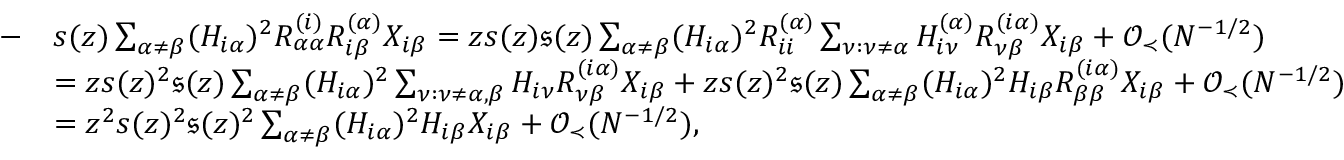
\begin{array} { r l } { - } & { s ( z ) \sum _ { \alpha \neq \beta } ( H _ { i \alpha } ) ^ { 2 } R _ { \alpha \alpha } ^ { ( i ) } R _ { i \beta } ^ { ( \alpha ) } X _ { i \beta } = z s ( z ) \mathfrak { s } ( z ) \sum _ { \alpha \neq \beta } ( H _ { i \alpha } ) ^ { 2 } R _ { i i } ^ { ( \alpha ) } \sum _ { \nu : \nu \neq \alpha } H _ { i \nu } ^ { ( \alpha ) } R _ { \nu \beta } ^ { ( i \alpha ) } X _ { i \beta } + { \mathcal O } _ { \prec } ( N ^ { - 1 / 2 } ) } \\ & { = z s ( z ) ^ { 2 } \mathfrak { s } ( z ) \sum _ { \alpha \neq \beta } ( H _ { i \alpha } ) ^ { 2 } \sum _ { \nu : \nu \neq \alpha , \beta } H _ { i \nu } R _ { \nu \beta } ^ { ( i \alpha ) } X _ { i \beta } + z s ( z ) ^ { 2 } \mathfrak { s } ( z ) \sum _ { \alpha \neq \beta } ( H _ { i \alpha } ) ^ { 2 } H _ { i \beta } R _ { \beta \beta } ^ { ( i \alpha ) } X _ { i \beta } + { \mathcal O } _ { \prec } ( N ^ { - 1 / 2 } ) } \\ & { = z ^ { 2 } s ( z ) ^ { 2 } \mathfrak { s } ( z ) ^ { 2 } \sum _ { \alpha \neq \beta } ( H _ { i \alpha } ) ^ { 2 } H _ { i \beta } X _ { i \beta } + { \mathcal O } _ { \prec } ( N ^ { - 1 / 2 } ) , } \end{array}